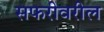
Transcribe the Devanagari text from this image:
सफरीवरील